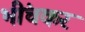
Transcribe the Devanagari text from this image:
भींचकर